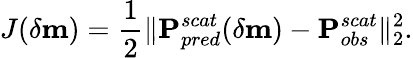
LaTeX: J(\delta\textbf{m})=\frac{1}{2}\| \textbf{P}_{pred}^{scat}(\delta\textbf{m})-\textbf{P}_{obs}^{scat}\| _{2}^{2}.